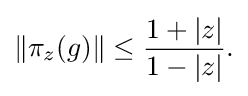
\displaystyle {\|\pi _{z}(g)\|\leq {1+|z| \over 1-|z|}.}